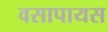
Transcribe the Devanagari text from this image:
वसापायस